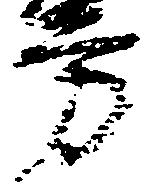
方